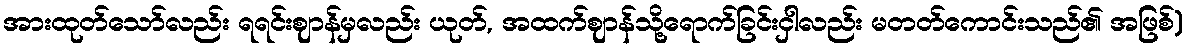
အားထုတ်သော်လည်း ရရင်းဈာန်မှလည်း ယုတ်, အထက်ဈာန်သို့ရောက်ခြင်းငှါလည်း မတတ်ကောင်းသည်၏ အဖြစ်)